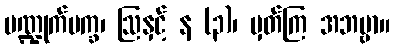
ပဏ္ဍုက်ပက္ခ၊ ဩနှင့် န (၃)၊ မှတ်ကြ အဘဗ္ဗာ။